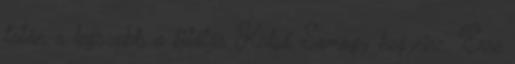
talán a legszebb a kilátás Külső Somogy 'hegyeire'. Erre